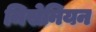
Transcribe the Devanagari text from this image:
मिसेनियन